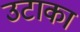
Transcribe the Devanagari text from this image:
उटाका